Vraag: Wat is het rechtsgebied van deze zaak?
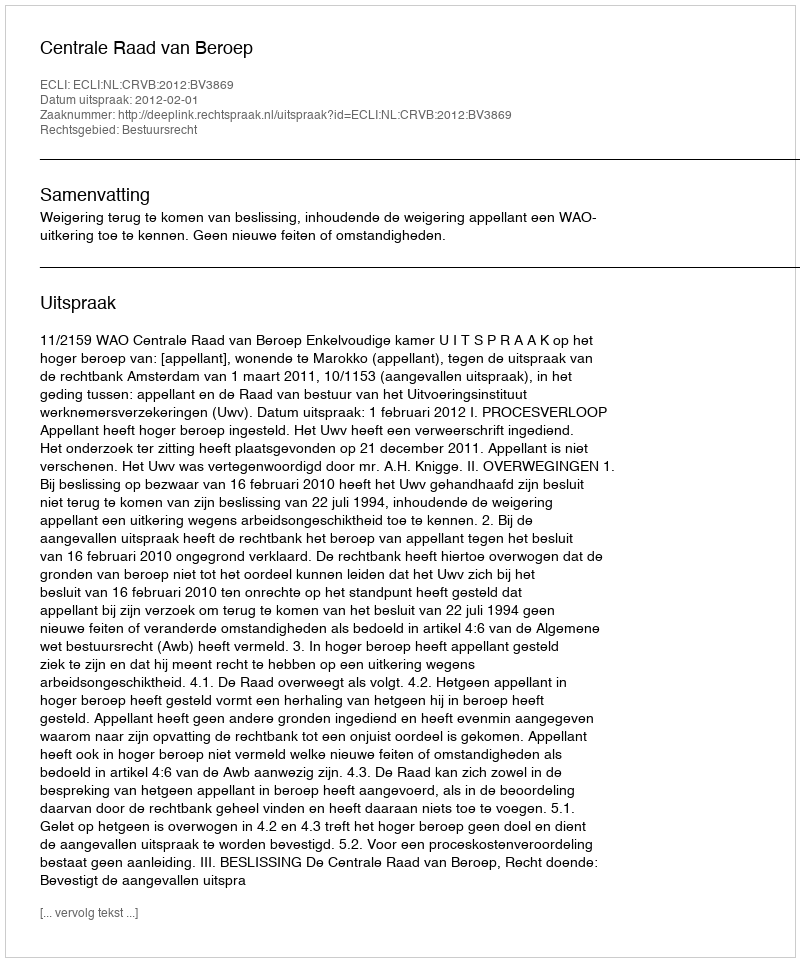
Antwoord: Bestuursrecht